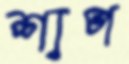
শাপ